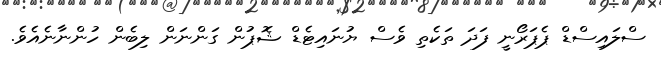
ސްލައިސްޑް ޕެޕަރޯނީ ފަދަ ތަކެތި ވެސް ޔުނައިޓެޑް ޝޮޕުން ގަންނަން ލިބެން ހުންނާނެއެވެ.